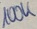
Text: 100K